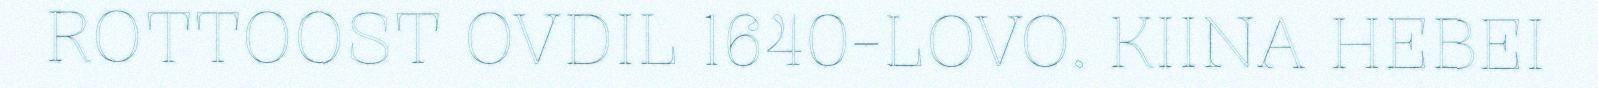
ROTTOOST OVDIL 1640-LOVO. KIINA HEBEI